Report on vaccination in Madras 1904-1921 - 1904-1921
Year: 1904
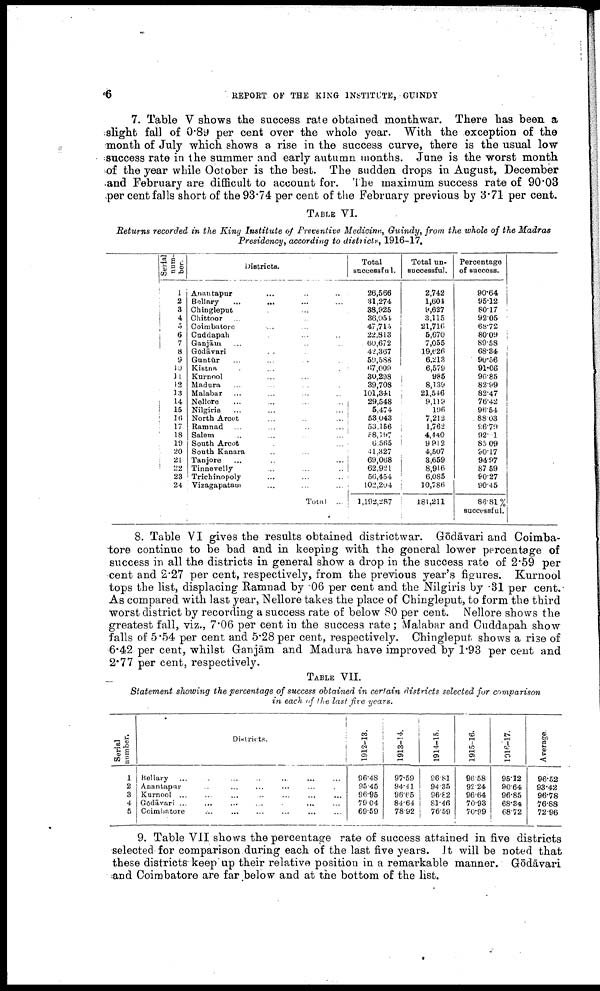
6
REPORT OF THE KING INSTITUTE, GUINDY
7. Table V shows the success rate obtained monthwar. There has been a
slight fall of 0.89 per cent over the whole year. With the exception of the
month of July which shows a rise in the success curve, there is the usual low
success rate in the summer and early autumn months. June is the worst month
of the year while October is the best. The sudden drops in August, December
and February are difficult to account for. The maximum success rate of 90.03
per cent falls short of the 93.74 per cent of the February previous by 3.71 per cent.
TABLE VI.
Returns recorded in the King Institute of Preventive Medicine, Guindy, from the whole of the Madras
Presidency, according to districts, 1916-17.
Serial
num
ber.
1
2
3
4 5
6
7
8
9
19
11
12
13
14
15
16
17
18
19
20
21
22
23
24
Districts.
Anantapur ... ... ...
Bellary
... ... ... ...
Chingleput ... ... ... ...
Chittoor ... ... ... ...
Coimbatore ... ... ... ...
Cuddapah ... ... ... ...
Ganjām ... ... ... ...
Godāvari ... ... ... ...
Guntūr ... ... ... ...
Kistna ... ... ... ...
Kurnool ... ... ... ...
Madura ... ... ... ...
Malabar ... ... ... ...
Nellore ... ... ... ...
Nilgiris ... ... ... ...
North Arcot ... ... ... ...
Ramnad ... ... ... ...
Salem ... ... ... ...
South Arcot ... ... ... ...
South Kanara ... ... ...
Tanjore ... ... ... ...
Tinnevelly ... ... ...
Trichinopoly ... ... ...
Vizagapatam ... ... ...
Total ...
Total
successful.
26,566
31,274
38,925
36,054
47,715
22,813
60,672
42,367
59,588
67,009
30,298
39,708
101,341
29,548
5,474
53,043
53,156
58,197
6,565
41,327
69,068
62,921
56,454
102,204
1,192,287
Total un
successful.
2,742
1,604
9,627
3,115
21,716
5,670
7,055
19,626
6,213
6,579
985
8,139
21,546
9,119
196
7,212
1,762
4,440
9,912
4,507
3,659
8,916
6,085
10,786
181,211
Percentage
of success.
90.64
95.12
80.17
92.05
68.72
80.09
89.58
68.34
90.56
91.06
96.85
82.99
82.47
76.42
96.54
88.03
96.79
92.1
85.09
90.17
94.97
87.59
90.27
90.45
86.81%
successful.
8. Table VI gives the results obtained districtwar. Gōdāvari and Coimba-
tore continue to be bad and in keeping with the general lower percentage of
success in all the districts in general show a drop in the success rate of 2.59 per
cent and 2.27 per cent, respectively, from the previous year's figures. Kurnool
tops the list, displacing Ramnad by .06 per cent and the Nilgiris by .31 per cent.
As compared with last year, Nellore takes the place of Chingleput, to form the third
worst district by recording a success rate of below 80 per cent. Nellore shows the
greatest fall, viz., 7.06 per cent in the success rate ; Malabar and Cuddapah show
falls of 5.54 per cent and 5.28 per cent, respectively. Chingleput shows a rise of
6.42 per cent, whilst Ganjām and Madura have improved by 1.93 per cent and
2.77 per cent, respectively.
TABLE VII.
Statement showing the percentage of success obtained in certain districts selected for comparison
in each of the last five years.
Serial
number.
1
2
3
4
5
Districts.
Bellary ... ... ... ... ... ... ...
Anantapur ... ... ... ... ... ...
Kurnool ... ... ... ... ... ...
Godāvari ... ... ... ... ...
Coimbatore ... ... ... ... ... ...
1912-13.
96.48
95.45
96.95
79.04
69.59
1913-14.
97.59
94.41
96.65
84.64
78.92
1914-15.
86.81
94.35
96.82
81.46
76.59
1915-16.
96.58
92.24
96.64
70.93
70.99
1916-17.
95.12
90.64
96.85
68.34
68.72
Average.
96.52
93.42
96.78
76.88
72.96
9. Table VII shows the percentage rate of success attained in five districts
selected for comparison during each of the last five years. It will be noted that
these districts-keep up their relative position in a remarkable manner. Gōdāvari
and Coimbatore are far below and at the bottom of the list.